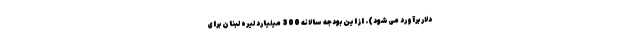
دلار برآورد می‌شود). از این بودجه سالانه 300 میلیارد لیره لبنان برای